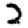
Digit: 2